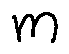
m